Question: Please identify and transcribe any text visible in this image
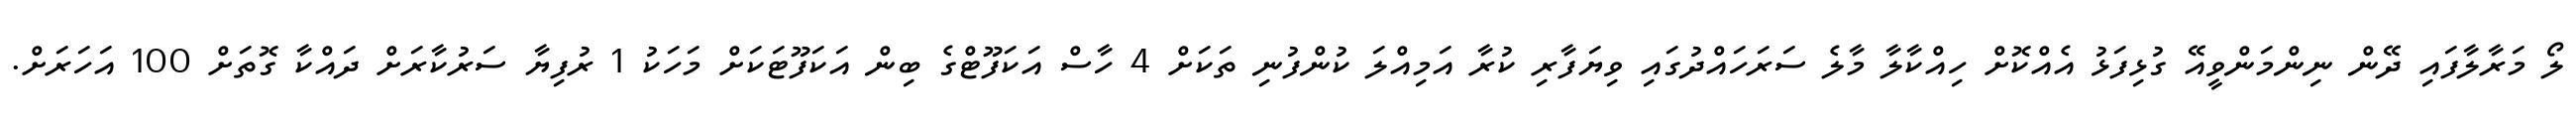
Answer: ލޯ މަރާލާފައި ދޭން ނިންމަންވީއޭ ގުޅިފަޅު އެއްކޮށް ހިއްކާލާ މާލެ ސަރަހައްދުގައި ވިޔަފާރި ކުރާ އަމިއްލަ ކުންފުނި ތަކަށް 4 ހާސް އަކަފޫޓްގެ ބިން އަކަފޫޓަކަށް މަހަކު 1 ރުފިޔާ ސަރުކާރަށް ދައްކާ ގޮތަށް 100 އަހަރަށް.